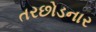
તરછોડનાર